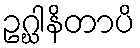
ဥဂ္ဃါနိတာပိ